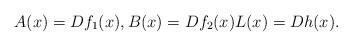
LaTeX: \begin{align*}A(x)=Df_1(x), B(x)=Df_2(x) L(x)=Dh(x).\end{align*}